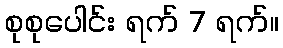
စုစုပေါင်း ရက် 7 ရက်။